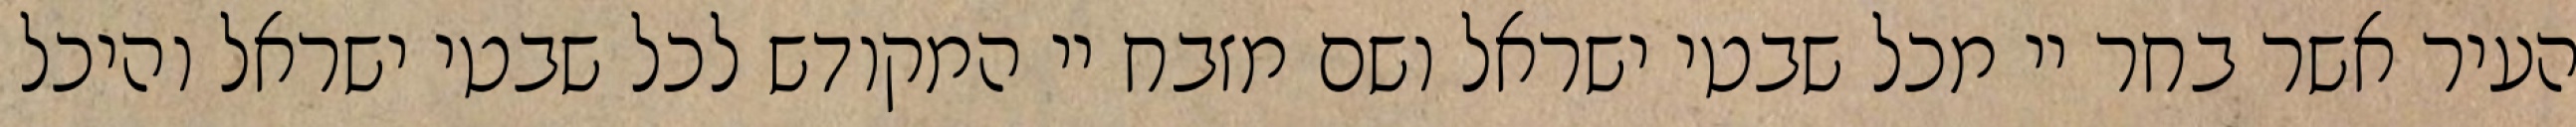
העיר אשר בחר יי מכל שבטי ישראל ושם מזבח יי המקודש לכל שבטי ישראל והיכל